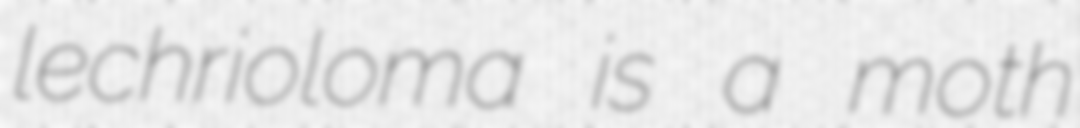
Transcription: lechrioloma is a moth